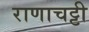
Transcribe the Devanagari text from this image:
राणाचट्टी